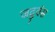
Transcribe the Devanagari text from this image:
जदुवंस